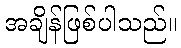
အချိန်ဖြစ်ပါသည်။